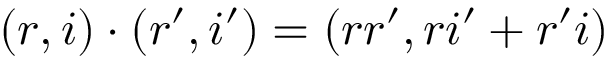
( r , i ) \cdot ( r ^ { \prime } , i ^ { \prime } ) = ( r r ^ { \prime } , r i ^ { \prime } + r ^ { \prime } i )